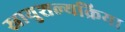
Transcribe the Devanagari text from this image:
स्नायुशल्यक्रिया